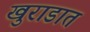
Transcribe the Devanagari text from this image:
खुराडात